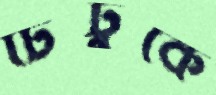
টিটুকে